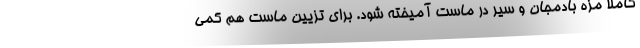
کاملا مزه بادمجان و سیر در ماست آمیخته شود. برای تزیین ماست هم کمی